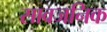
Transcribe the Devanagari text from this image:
सावजनिक